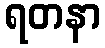
ရတနာ